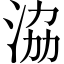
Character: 𣴚